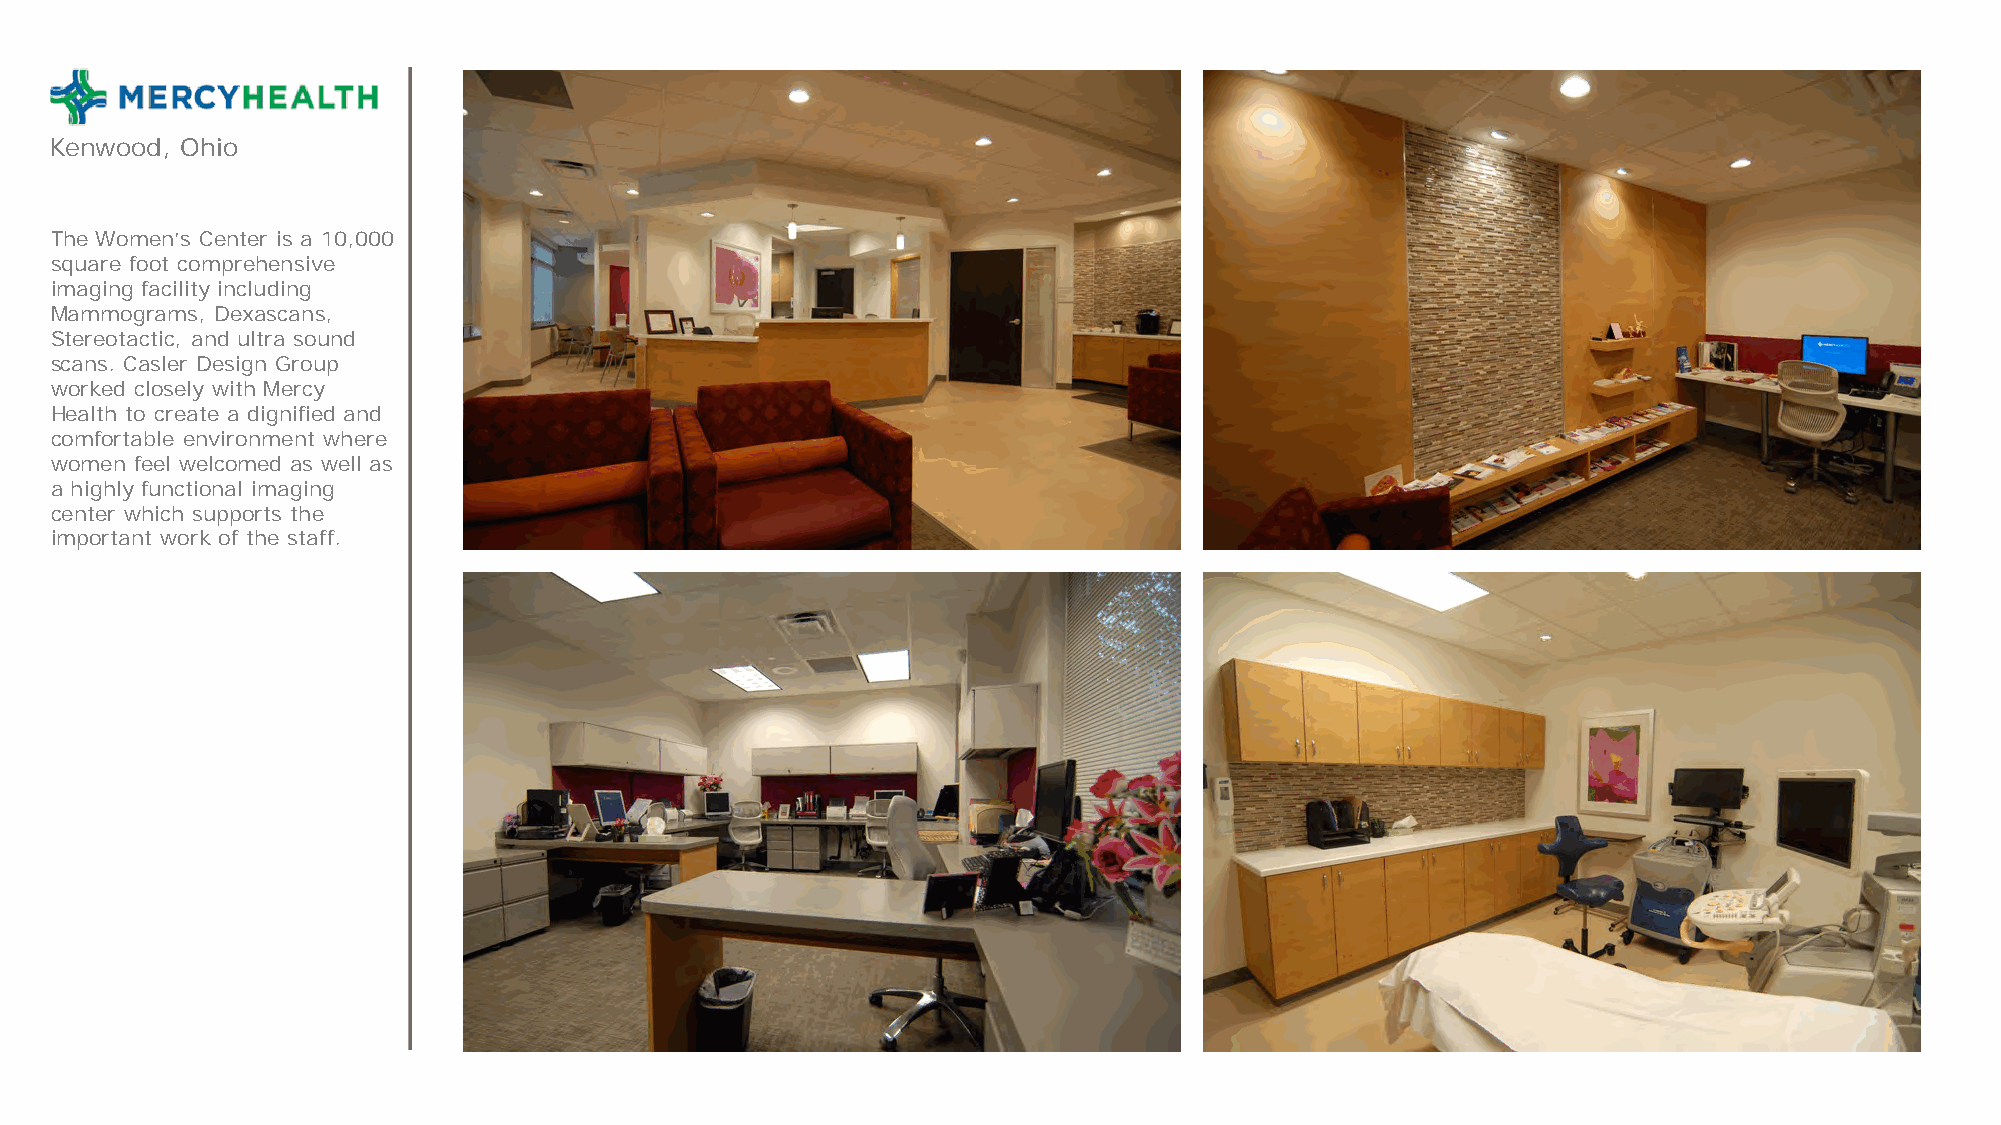
Kenwood, Ohio
 The Women’s Center is a 10,000
 square foot comprehensive
 imaging facility including
 Mammograms, Dexascans,
 Stereotactic, and ultra sound
 scans. Casler Design Group
 worked closely with Mercy
 Health to create a dignified and
 comfortable environment where
 women feel welcomed as well as
 a highly functional imaging
 center which supports the
 important work of the staff.